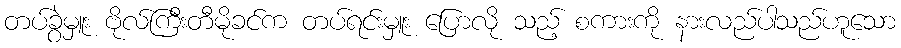
တပ်ခွဲမှူး ဗိုလ်ကြီးတီမိုခင်က တပ်ရင်းမှူး ပြောလို သည့် စကားကို နားလည်ပါသည်ဟူသော